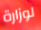
لوزارة